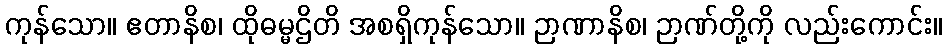
ကုန်သော။ ဧတာနိစ၊ ထိုဓမ္မဌိတိ အစရှိကုန်သော။ ဉာဏာနိစ၊ ဉာဏ်တို့ကို လည်းကောင်း။